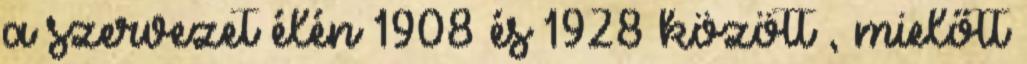
a szervezet élén 1908 és 1928 között , mielőtt